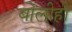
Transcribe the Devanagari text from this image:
बोलीही